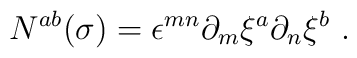
N^{ab}(\sigma)=\epsilon^{mn}\partial_m \xi^a\partial_n	\xi^b\ .